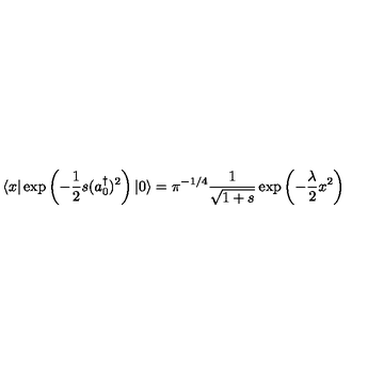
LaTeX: \langle x \vert \exp \left( - \frac { 1 } { 2 } s ( a _ { 0 } ^ { \dagger } ) ^ { 2 } \right) | 0 \rangle = \pi ^ { - 1 / 4 } \frac { 1 } { \sqrt { 1 + s } } \exp \left( - \frac { \lambda } { 2 } x ^ { 2 } \right)